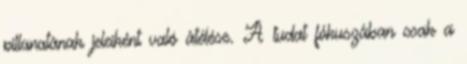
pillanatának jeleiként való átélése. A tudat fókuszában csak a